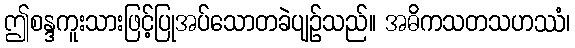
ဤစန္ဒကူးသားဖြင့်ပြုအပ်သောတခဲပျဉ်သည်။ အဓိကသတသဟဿံ၊